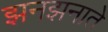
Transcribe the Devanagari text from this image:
झनझनाते